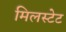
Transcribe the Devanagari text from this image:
मिलस्टेट